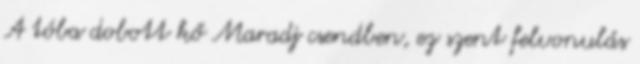
A tóba dobott kő Maradj csendben, ez szent felvonulás